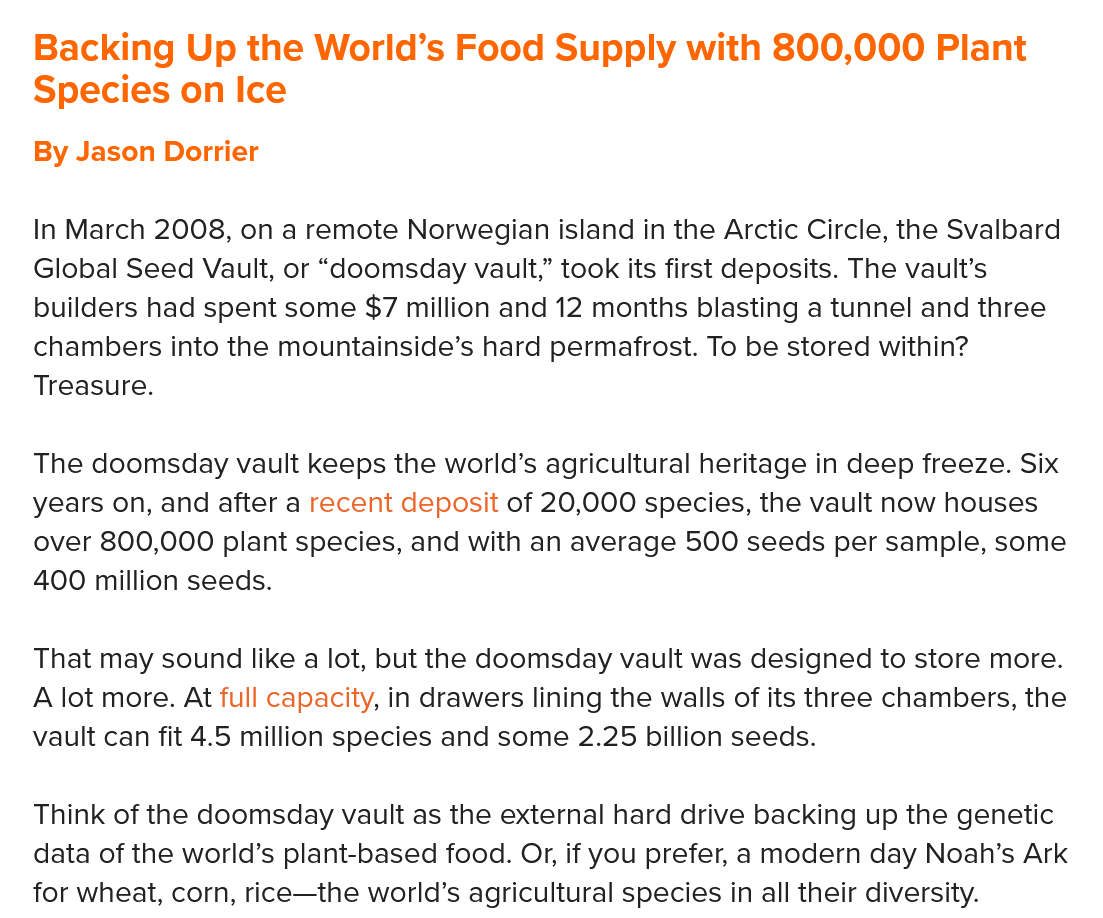
Backing   Up  the World’s   Food   Supply  with  800,000    Plant
   Species   on Ice
   By Jason Dorrier
   In March 2008, on a remote Norwegian island in the Arctic Circle, the Svalbard
   Global Seed Vault, or “doomsday vault,” took its first deposits. The vault’s
   builders had spent some $7 million and 12 months blasting a tunnel and three
   chambers into the mountainside’s hard permafrost. To be stored within?
   Treasure.
   The doomsday vault keeps the world’s agricultural heritage in deep freeze. Six
   years on, and after a recent deposit of 20,000 species, the vault now houses
   over 800,000 plant species, and with an average 500 seeds per sample, some
   400 million seeds.
   That may sound like a lot, but the doomsday vault was designed to store more.
   A lot more. At full capacity, in drawers lining the walls of its three chambers, the
   vault can fit 4.5 million species and some 2.25 billion seeds.
   Think of the doomsday vault as the external hard drive backing up the genetic
   data of the world’s plant-based food. Or, if you prefer, a modern day Noah’s Ark
   for wheat, corn, rice—the world’s agricultural species in all their diversity.